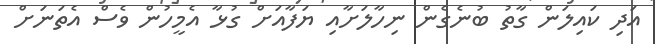
އަދި ކައިލަން ގާތު ބުނެގެން ނިހާލަށާއި ޔަފާއަށް ގުޅާ އެމީހުން ވެސް އެތަނަށް